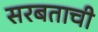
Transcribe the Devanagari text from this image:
सरबताची